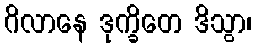
ဂိလာနေ ဒုက္ခိတေ ဒိသွာ၊